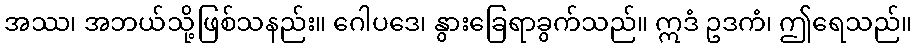
အဿ၊ အဘယ်သို့ဖြစ်သနည်း။ ဂေါပဒေ၊ နွားခြေရာခွက်သည်။ ဣဒံ ဥဒကံ၊ ဤရေသည်။